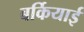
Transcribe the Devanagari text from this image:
बर्कियाई